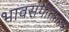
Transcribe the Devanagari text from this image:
भावसंगीतातला